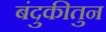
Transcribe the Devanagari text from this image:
बंदुकीतुन